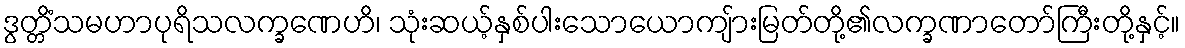
ဒွတ္တိံသမဟာပုရိသလက္ခဏေဟိ၊ သုံးဆယ့်နှစ်ပါးသောယောကျ်ားမြတ်တို့၏လက္ခဏာတော်ကြီးတို့နှင့်။